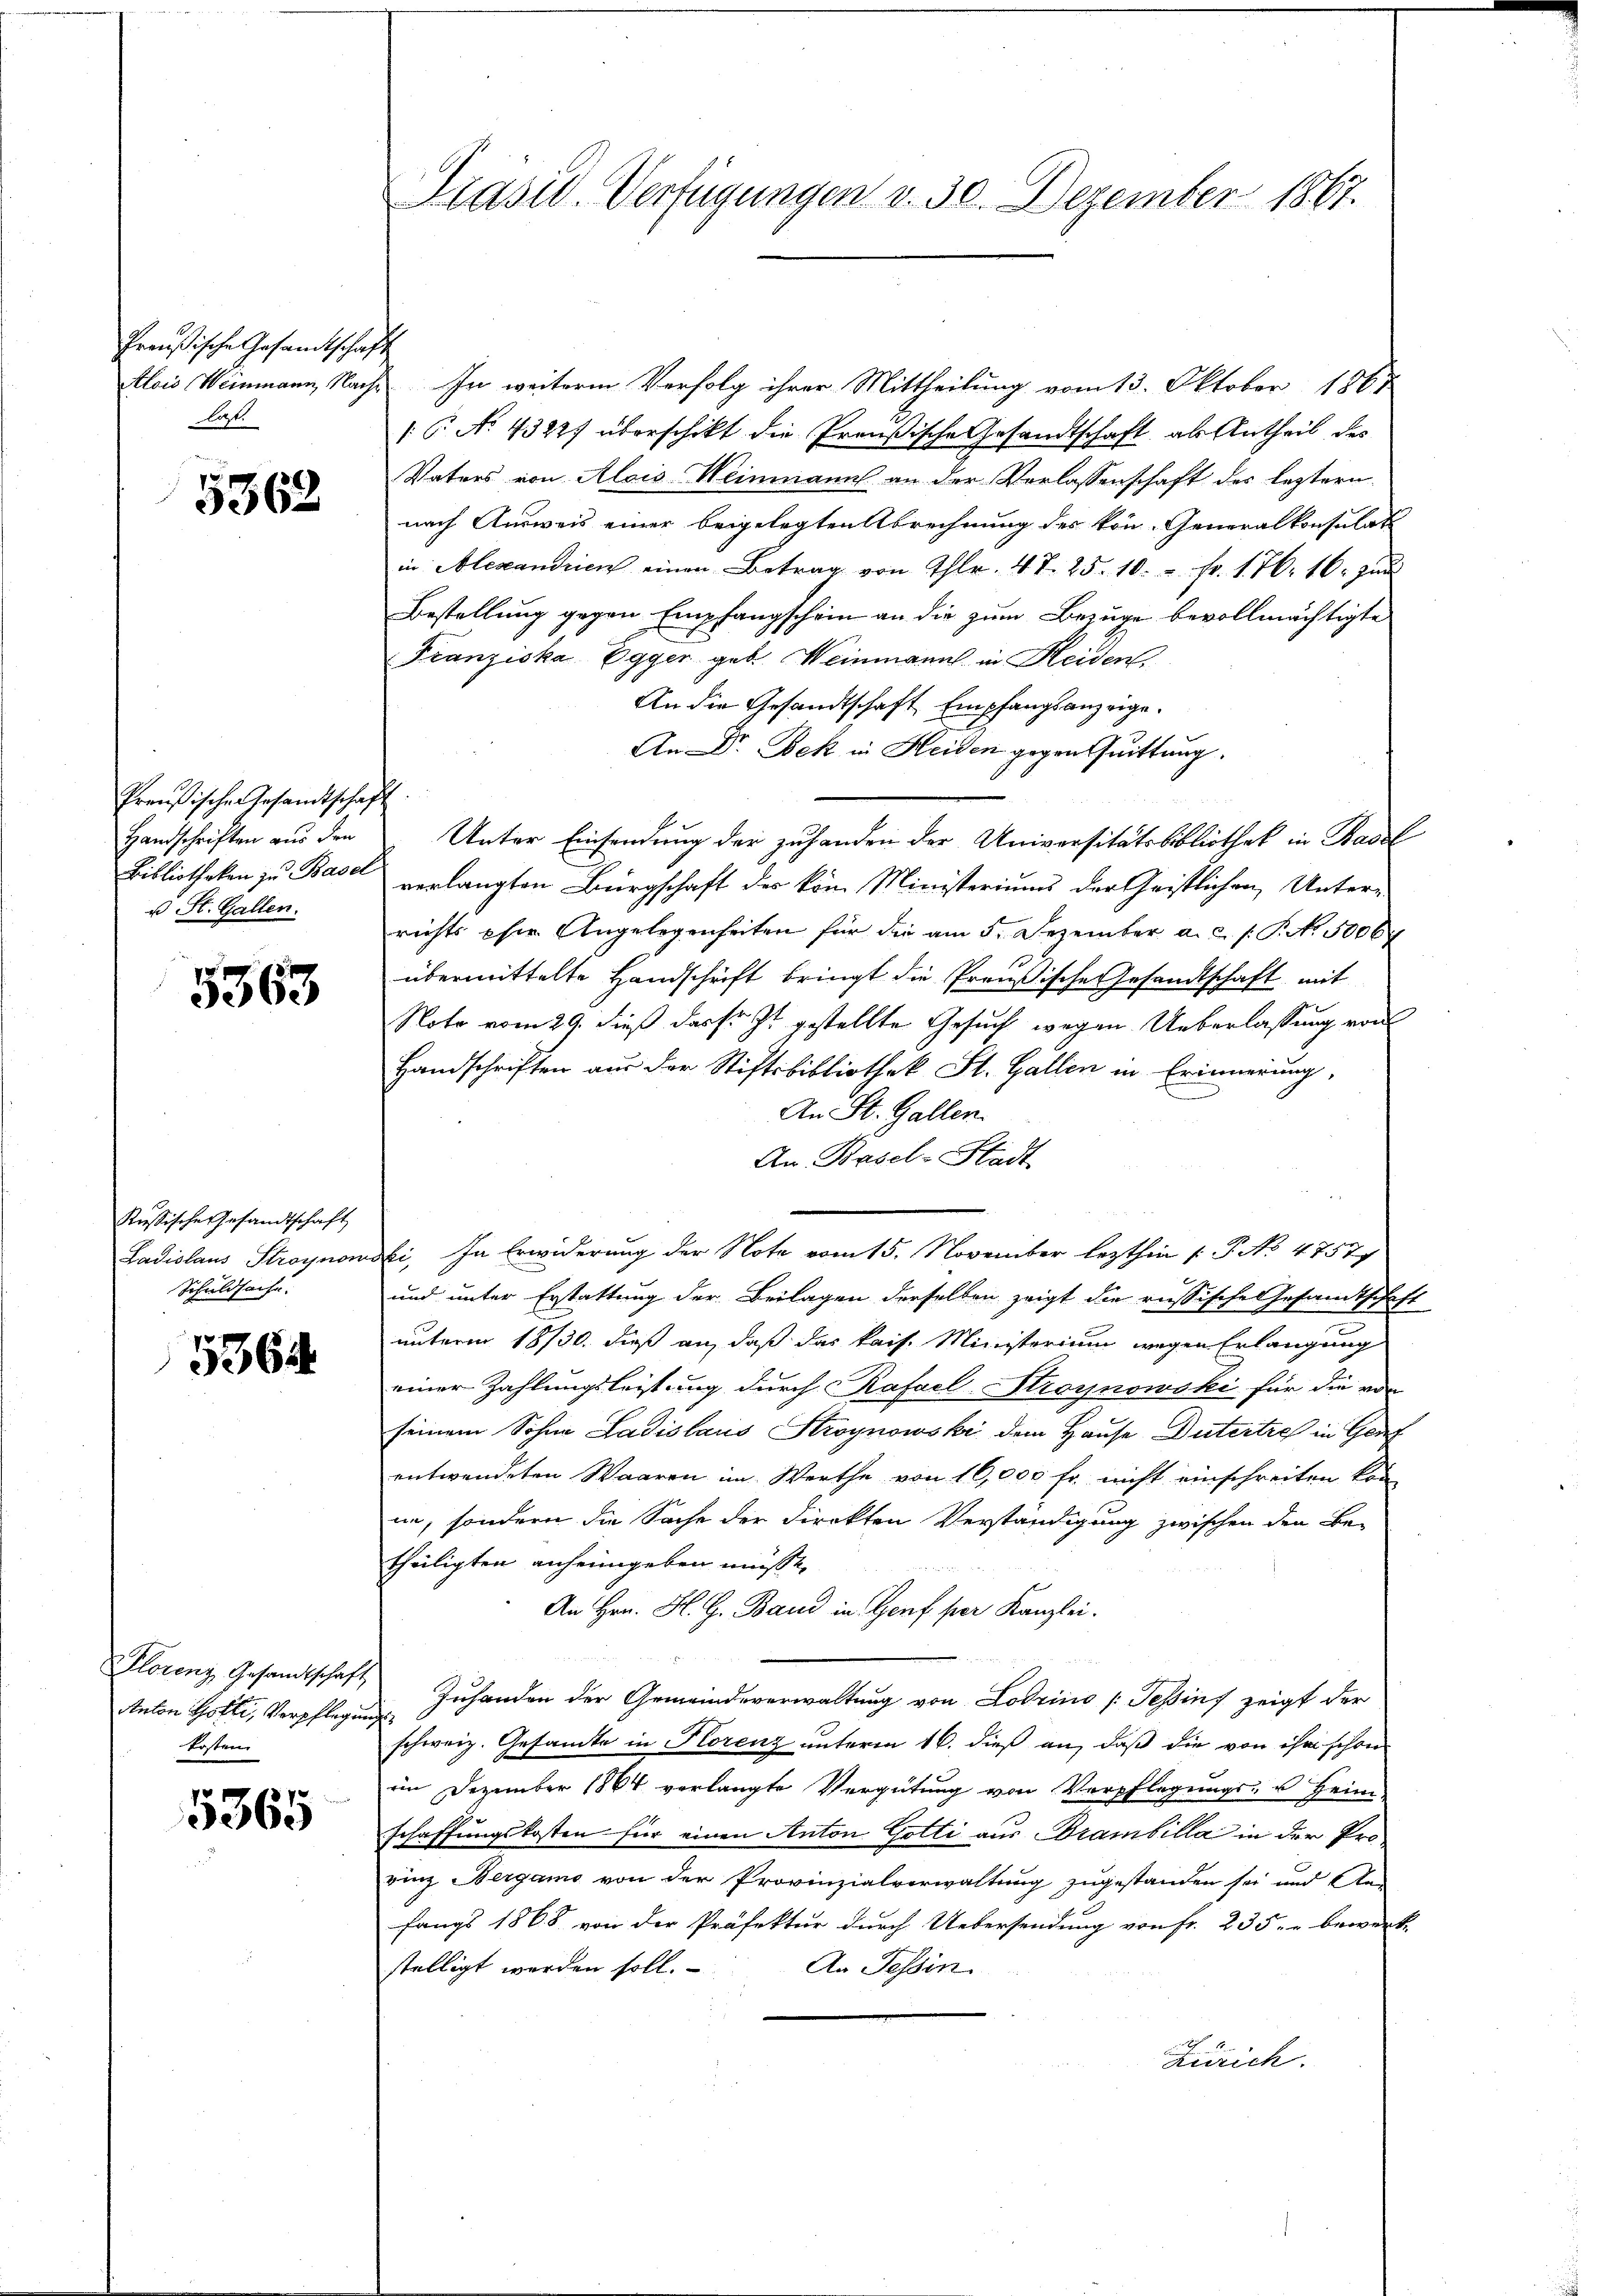
Preußische Gesamtschaft
laß.

5362

Preußische Gesamtschaft
Handschriften aus den
u St. Gallen.

5363

Russische Gesandtschaft
Ladislaus Stroynow
Schuldsache

536

Plorenz Gesandtschaft
Anton Hotti, Verpflegung
kosten

5365

Präsid. Verfügungen v. 30. Dezember 1867.

Alois Weinmann, Nacht. In weiterm Verfolg ihrer Mittheilung vom 13. Oktober 1861
(6. No. 4322) überschikt die Preußische Gesandtschaft, als Antheil des
Vaters von Alois Weinmann an der Verlassenschaft des leztern
nach Ausweis einer beigelegten Abrechnung des kön- Generalkonsulat
in Alexandrien einen Betrag von Thlr. 47. 25. 10.  Fr. 176. 16. Jun
Bestellung gegen Empfangschein an die zum Bezüge bevollmächtigte
Franziska Egger geb. Weinmann in Heident,
An die Gesandtschaft Empfangsanzeige.
An DDr. Beck in Heiden gegen Quittung.
Unter Einsendung der zuhanden der Universitätsbibliothek in Basel
Bibliotheken zu Basel verlangten Bürgschaft des kom Ministeriums der Geistlichen Unter-
richts phie Angelegenheiten für die am 5. Dezember a.c. s. P. No. 5006
übermittelte Handschrift bringt die Preußische Gesandtschaft mit
Noto vom 29. dieß dass J. gestellte Gesuch wegen Ueberlassung von
Handschriften aus der Stiftsbibliothek St. Gallen in Erinnerung,
An St. Gallen.
An Basel-Stadt
dki, in Erwiderung der Note vom 15. November lezthin 1. P. No 47577
und unter Erstattung der Beilagen derselben zeigt die russische Gesamtschaft
unterm 18/30. dieß an, daß das kais. Ministerium wegen Erlangung
einer Zahlungsleistung durch Rafael-Stroynowski für die von
seinem Sohne Ladislaus Stroynowski dem Hause Dutertre in Gef
entwendeten Waaren im Werthe von 16,000 fr. nicht einschreiten kon
in, sondern die Sache der Direkten Verständigung zwischen den Be-
theiligten anheimgeben müsse,
An Hrn. H. G. Band in Genf per Kanzlei.
Zuhanden der Gemeindeverwaltung von Lodrino (Tessinf zeigt der
schweiz. Gesamte in Florenz unterm 16. dieß an, daß die von ihm schon
im Dezember 1864 verlangte Vergütung von Verpflegungs- u Heim-
schaffungskosten für einen Anton Gotti aus Brambilla in der Pro-
rinz Bergamo von der Provinzialverwaltung zugestanden sei und An-
fangs 1868 von der Präfektur durch Uebersendung von fr. 235. bewerk-
An Tessin.
stelligt werden soll.
Zürich.